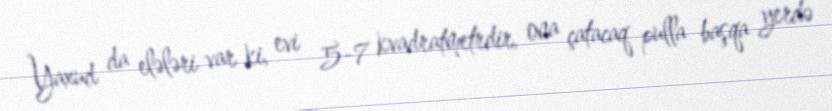
Yaxud da elələri var ki, evi 5-7 kvadratmetrdir, ona çatacaq pulla başqa yerdə